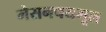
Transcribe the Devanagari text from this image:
मेसनचयमूल